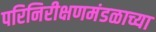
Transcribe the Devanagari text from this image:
परिनिरीक्षणमंडळाच्या